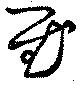
慰